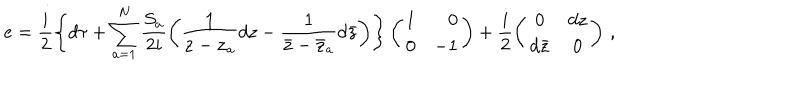
e = \frac { i } { 2 } \left\{ d \tau + \sum _ { a = 1 } ^ { N } \frac { S _ { a } } { 2 i } \left( { \tt \frac { 1 } { z - z _ { a } } } d z - { \tt \frac { 1 } { \bar { z } - \bar { z } _ { a } } } d \bar { z } \right) \right\} \left( \begin{array} { r r } { { 1 } } & { { 0 } } \\ { { 0 } } & { { - 1 } } \\ \end{array} \right) + \frac { i } { 2 } \left( \begin{array} { c c } { { 0 } } & { { d z } } \\ { { d \bar { z } } } & { { 0 } } \\ \end{array} \right) \, ,